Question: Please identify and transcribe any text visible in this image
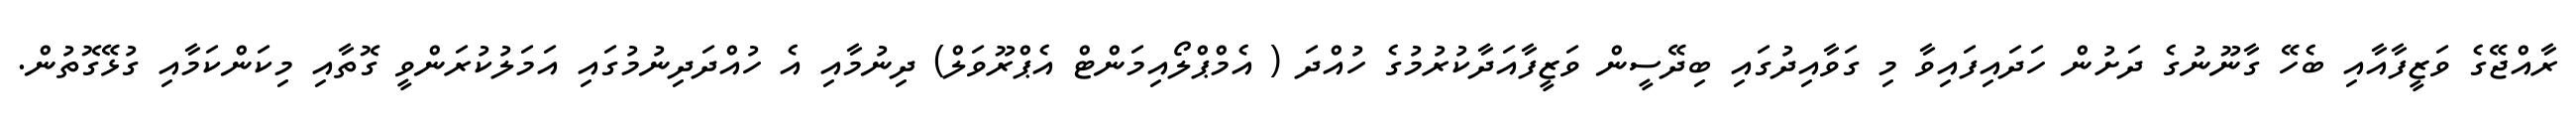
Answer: ރާއްޖޭގެ ވަޒީފާއާއި ބެހޭ ގާނޫނުގެ ދަށުން ހަދައިފައިވާ މި ގަވާއިދުގައި ބިދޭސީން ވަޒީފާއަދާކުރުމުގެ ހުއްދަ ( އެމްޕްލޯއިމަންޓް އެޕްރޫވަލް) ދިނުމާއި އެ ހުއްދަދިނުމުގައި އަމަލުކުރަންވީ ގޮތާއި މިކަންކަމާއި ގުޅޭގޮތުން.